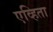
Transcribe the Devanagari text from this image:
एव्हिता